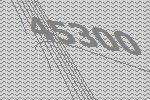
45300